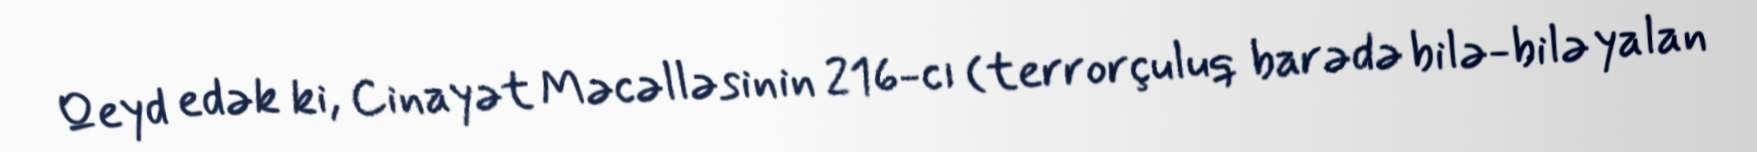
Qeyd edək ki, Cinayət Məcəlləsinin 216-cı (terrorçuluq barədə bilə-bilə yalan